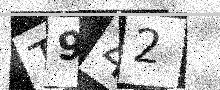
Text: T942